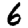
Digit: 6